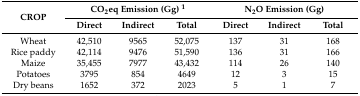
<table><thead><tr><td rowspan="2"><b>CROP</b></td><td colspan="3"><b>CO<sub>2</sub>eq Emission (Gg) <sup>1</sup></b></td><td colspan="3"><b>N<sub>2</sub>O Emission (Gg)</b></td></tr><tr><td><b>Direct</b></td><td><b>Indirect</b></td><td><b>Total</b></td><td><b>Direct</b></td><td><b>Indirect</b></td><td><b>Total</b></td></tr></thead><tbody><tr><td>Wheat</td><td>42,510</td><td>9565</td><td>52,075</td><td>137</td><td>31</td><td>168</td></tr><tr><td>Rice paddy</td><td>42,114</td><td>9476</td><td>51,590</td><td>136</td><td>31</td><td>166</td></tr><tr><td>Maize</td><td>35,455</td><td>7977</td><td>43,432</td><td>114</td><td>26</td><td>140</td></tr><tr><td>Potatoes</td><td>3795</td><td>854</td><td>4649</td><td>12</td><td>3</td><td>15</td></tr><tr><td>Dry beans</td><td>1652</td><td>372</td><td>2023</td><td>5</td><td>1</td><td>7</td></tr></tbody></table>